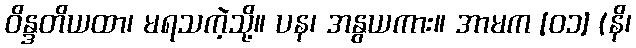
ဝိန္ဒတိယထာ၊ မရသကဲ့သို့။ ပန၊ အနွယကား။ အာမက [၀၁] (နိ၊